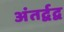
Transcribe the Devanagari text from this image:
अंतर्द्वद्व